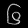
Digit: ၆